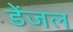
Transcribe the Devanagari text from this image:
डेंजल